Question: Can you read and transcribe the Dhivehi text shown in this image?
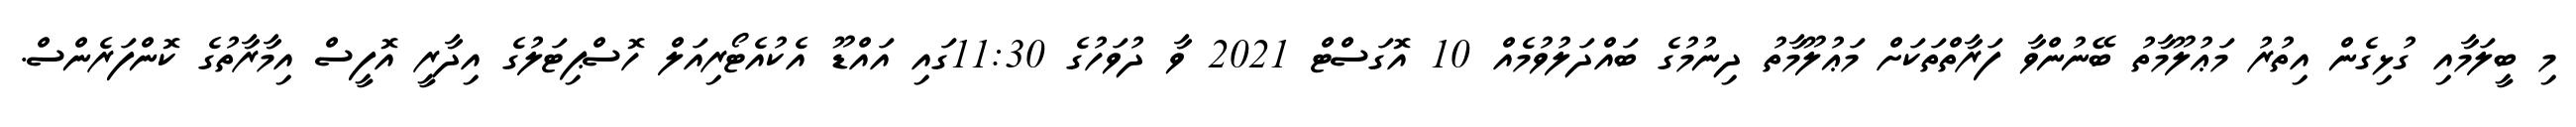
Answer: މި ބީލަމާއި ގުޅިގެން އިތުރު މަޢުލޫމާތު ބޭނުންވާ ފަރާތްތަކަށް މަޢުލޫމާތު ދިނުމުގެ ބައްދަލުވުމެއް 10 އޮގަސްޓް 2021 ވާ ދުވަހުގެ 11:30ގައި އައްޑޫ އެކުއެޓޯރިއަލް ހޮސްޕިޓަލުގެ އިދާރީ އޮފީސް އިމާރާތުގެ ކޮންފަރެންސް.